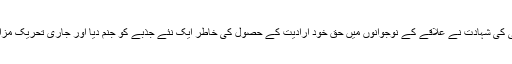
عالمی مبصرین کے مطابق برہان وانی کی شہادت نے علاقے کے نوجوانوں میں حق خود ارادیت کے حصول کی خاطر ایک نئے جذبے کو جنم دیا اور جاری تحریک مزاحمت میں ایک نئی روح پھونکی تھی۔